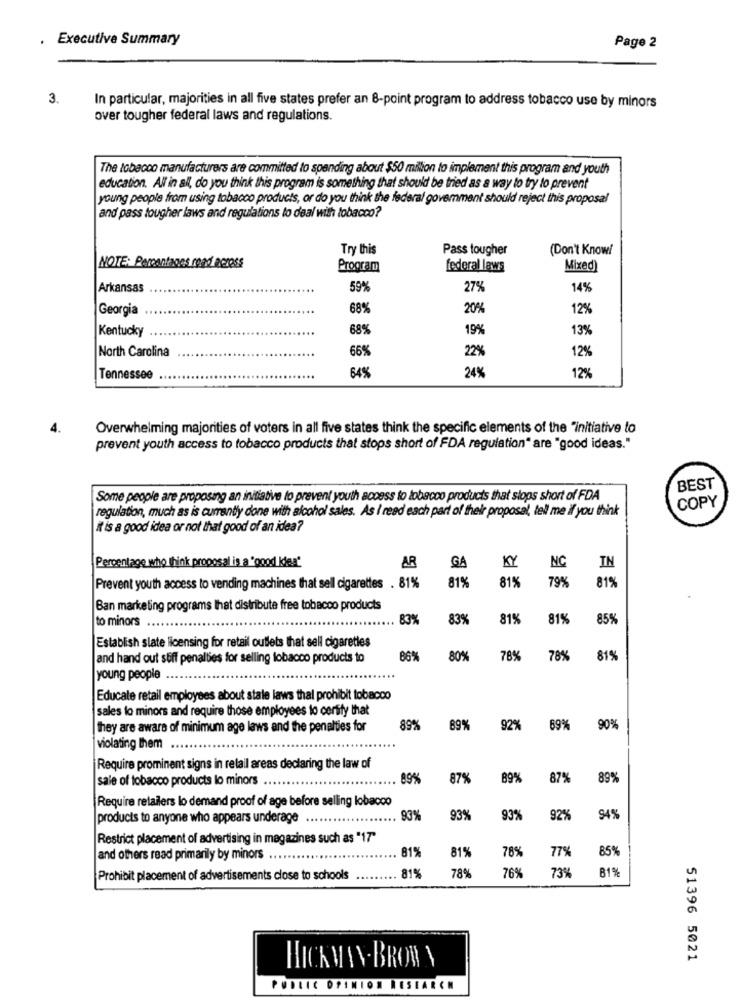
Executive Summary
Page 2
3.
In particular, majorities in all five states prefer an 8-point program to address tobacco use by minors
over tougher federal laws and regulations.
The tobacco manufacturers are committed to spending about $50 million to implement this program and youth
education. All in all, do you think this program is something that should be tried as a way to try to prevent
young people from using tobacco products, or do you think the federal government should reject this proposal
and pass tougher laws and regulations to deal with tobacco?
Try this
Pass tougher
(Don't Knowl
NOTE: Percentages road across
Program
federal laws
Mixed
Arkansas
59%
27%
14%
Georgia
68%
20%
12%
Kentucky
68%
19%
13%
North Carolina
66%
22%
12%
64%
24%
Tennessee
12%
Overwhelming majorities of voters in all five states think the specific elements of the "initiative to
prevent youth access to tobacco products that stops short of FDA regulation" are "good ideas."
BEST
Some people are proposing an initiative to prevent youth access to tobacco products that stops short of FDA
COPY
regulation, much as is currently done with alcohol sales. As I read each part of their proposal, tell me if you think
it is a good idea or not that good of an idea?
AR
Percentage who Think proposal is a 'good Idea"
GA
KY
NC
IN
81%
Prevent youth access to vending machines that sell cigarettes . 81%
81%
79%
81%
Ban marketing programs that distribute free tobacco products
to minors
83%
83%
81%
81%
85%
Establish slate licensing for retail outlets that sell cigarettes
and hand out stiff penalties for selling tobacco products to
86%
80%
78%
78%
81%
young people
Educate retail employees about state laws thal prohibit tobacco
sales lo minors and require those employees to certify that
they are aware of minimum age laws and the penalties for
89%
69%
92%
89% 90%
violating them
Require prominent signs in retail areas declaring the law of
sale of tobacco products lo minors
89%
87%
89%
87%
89%
Require retailers lo demand proof of age before selling lobacco
products to anyone who appears underage
93%
93%
93%
92%
94%
Restrict placement of advertising in magazines such as "17"
81%
81%
85%
and others read primarily by minors
78%
779
73%
81%
Prohibit placement of advertisements close to schools
81%
78%
76%
HICK MAN-BRON Y
51396 5021
PODLIC OPINION RESEARCH